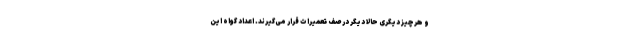
و هرچیز دیگری حالا دیگر در صف تعمیرات قرار می‌گیرند. اعداد گواه این